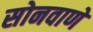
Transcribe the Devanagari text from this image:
सोनवाणे